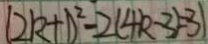
( 2 k + 1 ) ^ { 2 } - 2 ( 4 k - 3 ) = 3 1